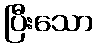
ပြီးသော